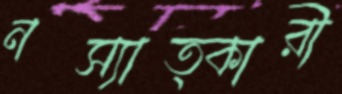
নস্যাত্কারী